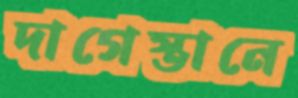
দাগেস্তানে